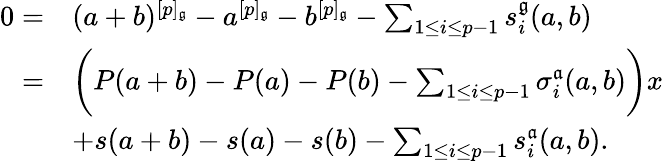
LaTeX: \begin{array}{rl}{0=}&{(a+b)^{[p]_{\mathfrak{g}}}-a^{[p]_{\mathfrak{g}}}-b^{[p]_{\mathfrak{g}}}-\sum_{1\leq i\leq p-1}s_{i}^{\mathfrak{g}}(a,b)}\\ {=}&{\bigg(P(a+b)-P(a)-P(b)-\sum_{1\leq i\leq p-1}\sigma_{i}^{\mathfrak{a}}(a,b)\bigg)x}\\ &{+s(a+b)-s(a)-s(b)-\sum_{1\leq i\leq p-1}s_{i}^{\mathfrak{a}}(a,b).}\end{array}